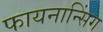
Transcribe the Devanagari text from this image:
फायनान्सिंग